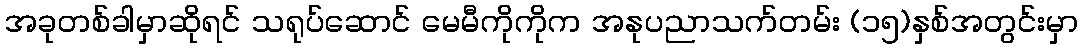
အခုတစ်ခါမှာဆိုရင် သရုပ်ဆောင် မေမီကိုကိုက အနုပညာသက်တမ်း (၁၅)နှစ်အတွင်းမှာ